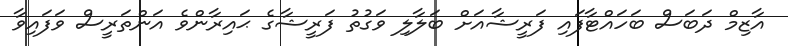
އާޒިމް ދަބަސް ބަހައްޓާފައި ފަރީޝާއަށް ބަލާލި ވަގުތު ފަރީޝާގެ ޙައިރާންވެ އަންތަރީސް ވަފައިވާ